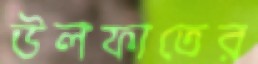
উলফাতের